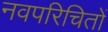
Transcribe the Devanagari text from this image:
नवपरिचितों